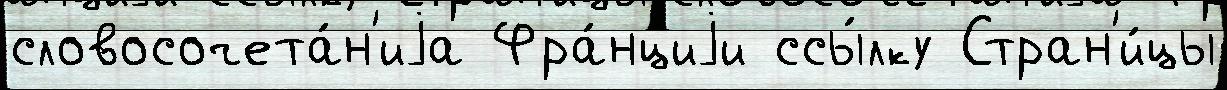
словосочета́н'иjа Фра́нциjи ссы́лку Стран'и́цы